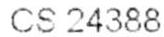
CS 24388